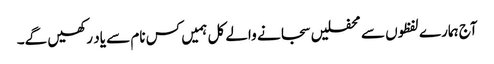
آج ہمارے لفظوں سے محفلیں سجانے والے کل ہمیں کس نام سے یاد رکھیں گے۔